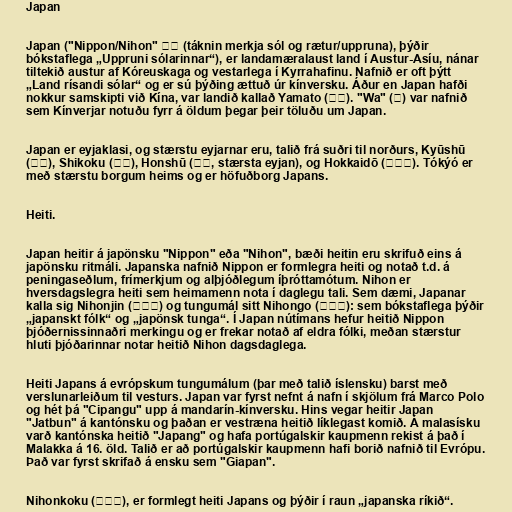
Japan

Japan ("Nippon/Nihon" 日本 (táknin merkja sól og rætur/uppruna), þýðir
bókstaflega „Uppruni sólarinnar“), er landamæralaust land í Austur-Asíu, nánar
tiltekið austur af Kóreuskaga og vestarlega í Kyrrahafinu. Nafnið er oft þýtt
„Land rísandi sólar“ og er sú þýðing ættuð úr kínversku. Áður en Japan hafði
nokkur samskipti við Kína, var landið kallað Yamato (大和). "Wa" (倭) var nafnið
sem Kínverjar notuðu fyrr á öldum þegar þeir töluðu um Japan.

Japan er eyjaklasi, og stærstu eyjarnar eru, talið frá suðri til norðurs, Kyūshū
(九州), Shikoku (四国), Honshū (本州, stærsta eyjan), og Hokkaidō (北海道). Tókýó er
með stærstu borgum heims og er höfuðborg Japans.

Heiti.

Japan heitir á japönsku "Nippon" eða "Nihon", bæði heitin eru skrifuð eins á
japönsku ritmáli. Japanska nafnið Nippon er formlegra heiti og notað t.d. á
peningaseðlum, frímerkjum og alþjóðlegum íþróttamótum. Nihon er
hversdagslegra heiti sem heimamenn nota í daglegu tali. Sem dæmi, Japanar
kalla sig Nihonjin (日本人) og tungumál sitt Nihongo (日本語): sem bókstaflega þýðir
„japanskt fólk“ og „japönsk tunga“. Í Japan nútímans hefur heitið Nippon
þjóðernissinnaðri merkingu og er frekar notað af eldra fólki, meðan stærstur
hluti þjóðarinnar notar heitið Nihon dagsdaglega.

Heiti Japans á evrópskum tungumálum (þar með talið íslensku) barst með
verslunarleiðum til vesturs. Japan var fyrst nefnt á nafn í skjölum frá Marco Polo
og hét þá "Cipangu" upp á mandarín-kínversku. Hins vegar heitir Japan
"Jatbun" á kantónsku og þaðan er vestræna heitið líklegast komið. Á malasísku
varð kantónska heitið "Japang" og hafa portúgalskir kaupmenn rekist á það í
Malakka á 16. öld. Talið er að portúgalskir kaupmenn hafi borið nafnið til Evrópu.
Það var fyrst skrifað á ensku sem "Giapan".

Nihonkoku (日本国), er formlegt heiti Japans og þýðir í raun „japanska ríkið“.